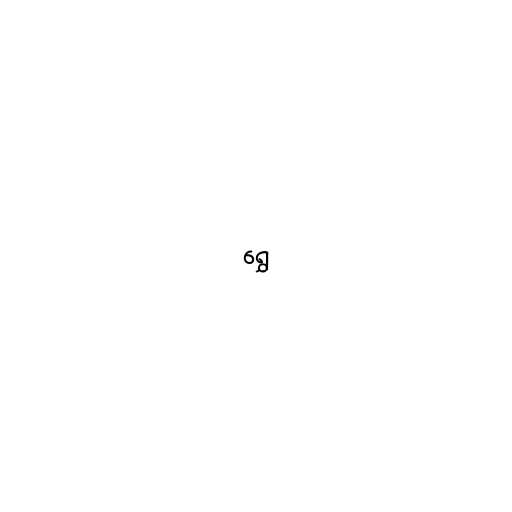
ရွှေ